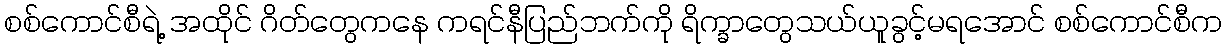
စစ်ကောင်စီရဲ့ အထိုင် ဂိတ်တွေကနေ ကရင်နီပြည်ဘက်ကို ရိက္ခာတွေသယ်ယူခွင့်မရအောင် စစ်ကောင်စီက